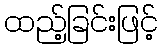
ထည့်ခြင်းဖြင့်